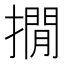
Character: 撊